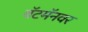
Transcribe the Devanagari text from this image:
बॅटमॅनवर